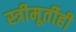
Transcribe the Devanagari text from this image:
स्त्रीमूर्तीही